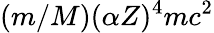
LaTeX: (m/M)(\alpha Z)^{4}mc^{2}